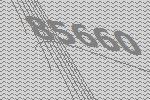
85660